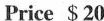
Price $20